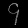
Digit: ၄